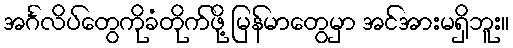
အင်္ဂလိပ်တွေကိုခံတိုက်ဖို့ မြန်မာတွေမှာ အင်အားမရှိဘူး။